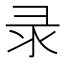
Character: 录